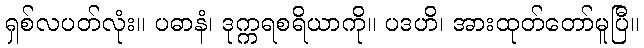
ရှစ်လပတ်လုံး။ ပဓာနံ၊ ဒုက္ကရစရိယာကို။ ပဒဟိ၊ အားထုတ်တော်မူပြီ။